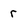
Character: r